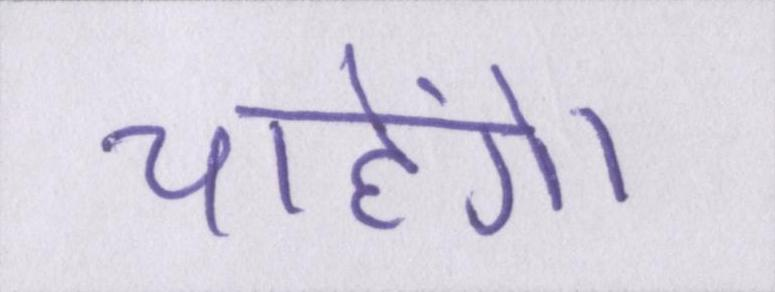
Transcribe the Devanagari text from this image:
चाहेंगे।